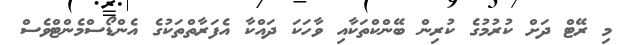
މި ރޭޓް ދަށް ކުރުމުގެ ކުރިން ބޭންކްތަކާއި ވާހަކަ ދައްކާ އެފަރާތްތަކުގެ އެންޑޯސްމެންޓްވެސް